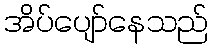
အိပ်ပျော်နေသည်